Punjab Mental Hospital Lahore 1922-31 - 1922-1931
Year: 1922
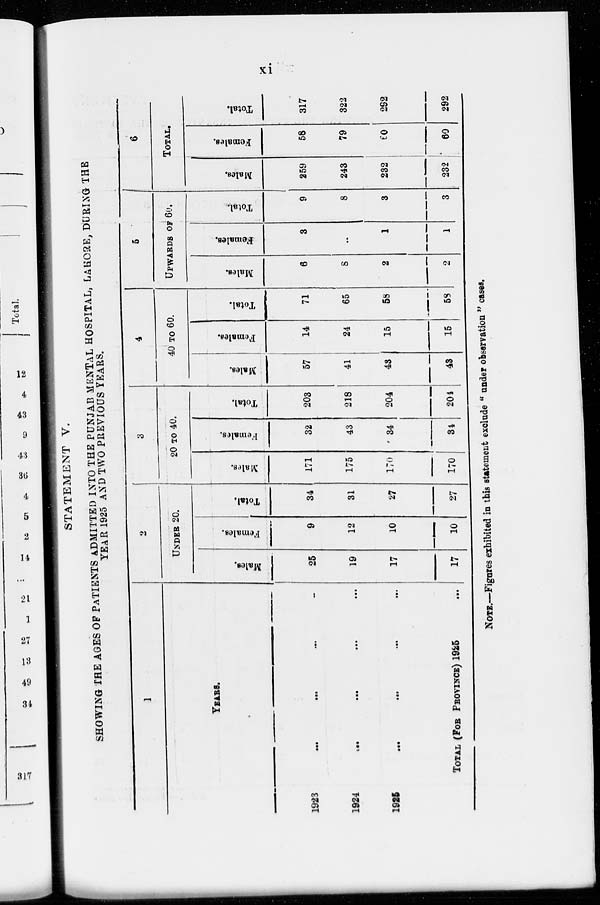
xi
STATEMENT V.
SHOWING THE AGES OF PATIENTS ADMITTED INTO THE PUNJAB MENTAL HOSPITAL, LAHORE, DURING THE
YEAR 1925 AND TWO PREVIOUS YEARS.
1
YEARS.
1923 ... ... ... ...
1924 ... ... ... ...
1925 ... ... ... ...
TOTAL (FOR PROVINCE) 1925 ...
2
UNDER 20.
Males.
25
19
17
17
Females.
9
12
10
10
Total.
34
31
27
27
3
20 TO 40.
Males.
171
175
170
170
Females.
32
43
34
34
Total.
203
218
204
204
4
40 TO 60.
Males.
57
41
43
43
Females.
14
24
15
15
Total.
71
65
58
58
5
UPWARDS OF 60.
Males.
6
8
2
2
Females.
3
...
1
1
Total.
9
8
3
3
6
TOTAL.
Males.
259
243
232
232
Females.
58
79
60
60
Total.
317
322
292
292
NOTE.—Figures exhibited in this statement exclude " under observation " cases.